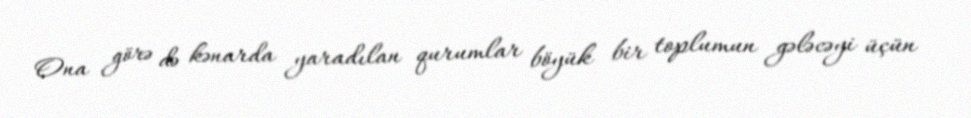
Ona görə də kənarda yaradılan qurumlar böyük bir toplumun gələcəyi üçün